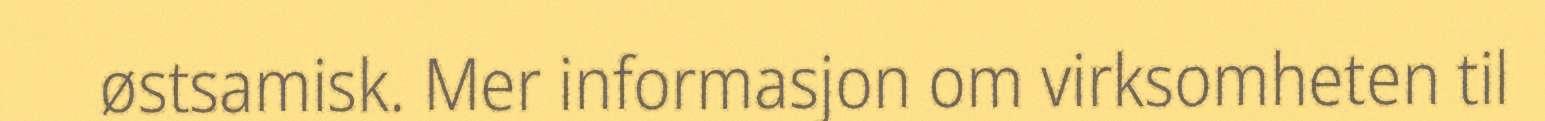
østsamisk. Mer informasjon om virksomheten til